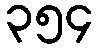
၃၅၄